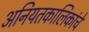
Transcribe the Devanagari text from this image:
अनियतकालिकांचे